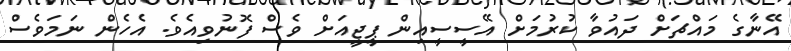
އޭނާގެ މައްޗަށް ދައުވާ ކުރުމަށް އޭސީސީއިން ޕީޖީއަށް ވެސް ފޮނުވިއެވެ. އެހެން ނަމަވެސް